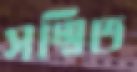
সম্মিত